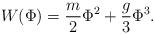
LaTeX: \begin{align*}W(\Phi) = \frac{m}{2} \Phi^2 + \frac{g}{3} \Phi^3.\end{align*}